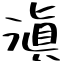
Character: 滇